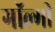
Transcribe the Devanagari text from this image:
गॉल्गी